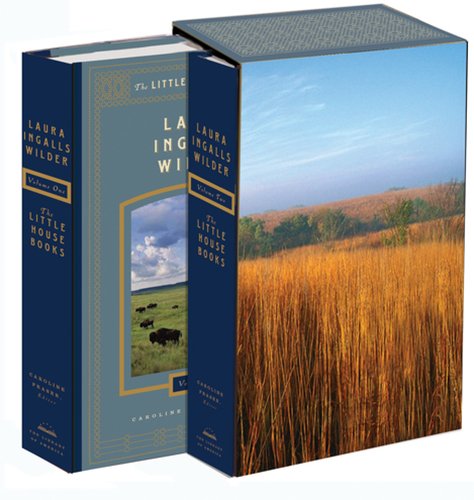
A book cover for The Little House Books (2 Volume Set); Laura Ingalls Wilder; Literature & Fiction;